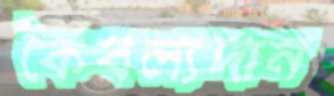
কৈবল্যদান